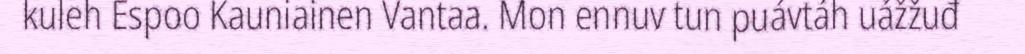
kuleh Espoo Kauniainen Vantaa. Mon ennuv tun puávtáh uážžuđ